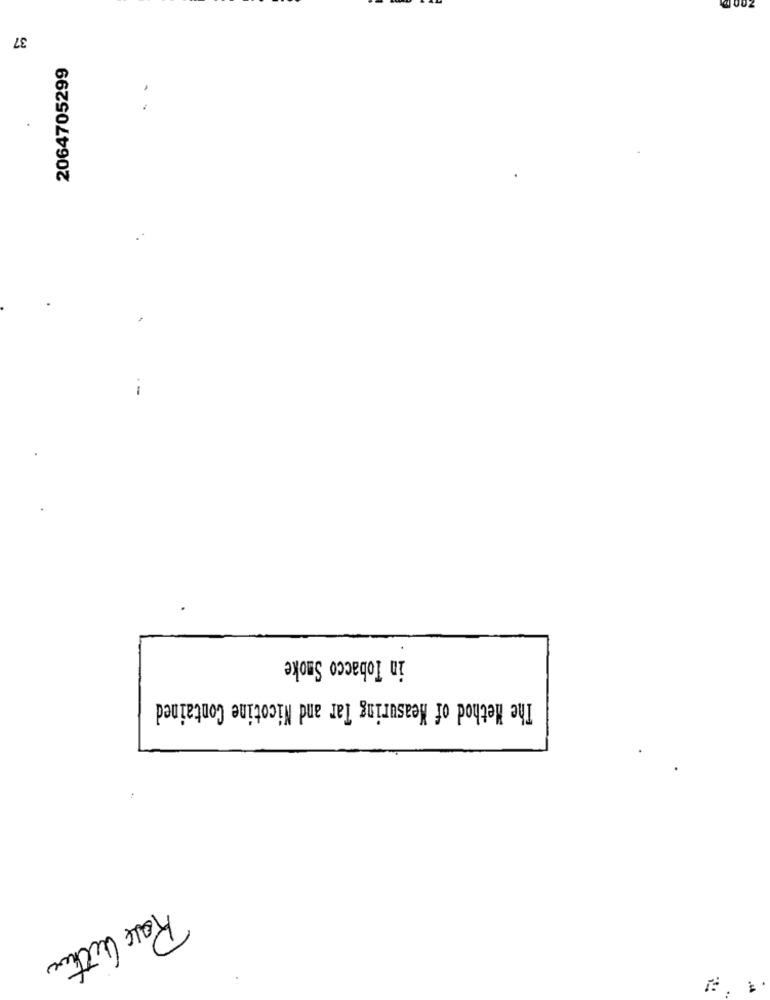
37
2064705299
in Tobacco Smoke
The Method of Measuring Tar and Nicotine Contained
Rose author